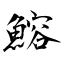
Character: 鰫